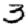
Digit: 3